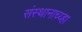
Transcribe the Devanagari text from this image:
संस्थानाच्य्हा